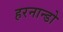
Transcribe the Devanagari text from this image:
हरनान्डो